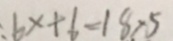
, 6 x + 6 = 1 8 x 5